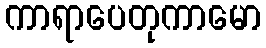
ကာရာပေတုကာမော